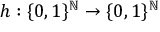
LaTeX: h : \{ 0 , 1 \} ^ { \mathbb { N } } \to \{ 0 , 1 \} ^ { \mathbb { N } }